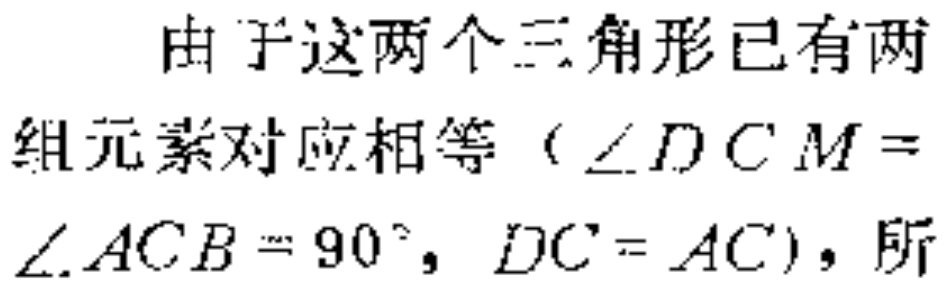
由于这两个三角形已有两组元素对应相等（\(\angle DCM = \angle ACB = 90^{\circ}, DC = AC\)），所